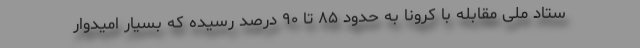
ستاد ملی مقابله با کرونا به حدود ۸۵ تا ۹۰ درصد رسیده که بسیار امیدوار